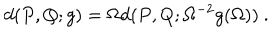
d ( P , Q ; g ) = \Omega d ( P , Q ; \Omega ^ { - 2 } g ( \Omega ) ) ~ .